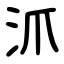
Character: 沠